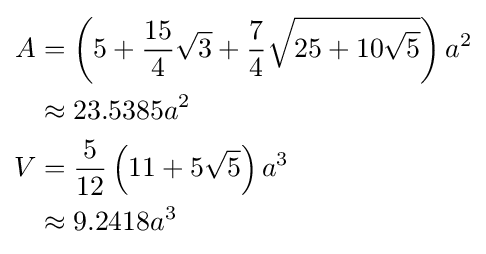
{\begin{aligned}A&=\left(5+{\frac {15}{4}}{\sqrt {3}}+{\frac {7}{4}}{\sqrt {25+10{\sqrt {5}}}}\right)a^{2}\\&\approx 23.5385a^{2}\\V&={\frac {5}{12}}\left(11+5{\sqrt {5}}\right)a^{3}\\&\approx 9.2418a^{3}\end{aligned}}